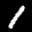
Label: 1